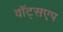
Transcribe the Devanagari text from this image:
वॉट्सएप